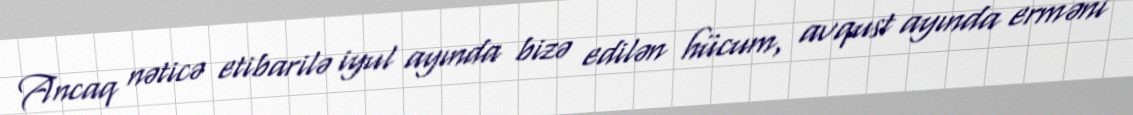
Ancaq nəticə etibarilə iyul ayında bizə edilən hücum, avqust ayında erməni